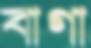
বাগা